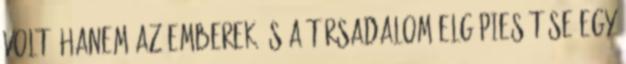
volt, hanem az emberek és a társadalom elgépiesítése egy